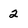
Character: 2